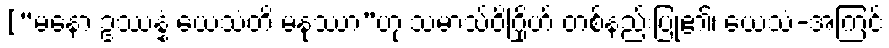
[“မနော ဥဿန္နံ ယေသံတိ မနုဿာ”ဟု သမာသ်ဝိဂြိုဟ် တစ်နည်းပြု၏၊ ယေသံ-အကြင်